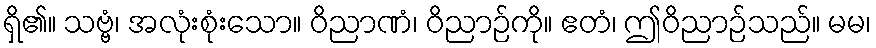
ရှိ၏။ သဗ္ဗံ၊ အလုံးစုံးသော။ ဝိညာဏံ၊ ဝိညာဉ်ကို။ ဧတံ၊ ဤဝိညာဉ်သည်။ မမ၊